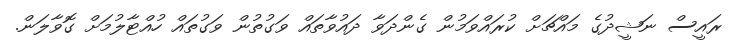
ރައީސް ނަޝީދުގެ މައްޗަށް ކުރައްވަމުން ގެންދަވާ ދައުވާތައް ވަގުތުން ވަގުތައް ހުއްޓާލުމަށް ގޮވާލަން.